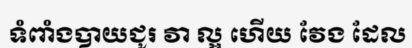
ទំពាំងបាយជូរ វា ល្អ ហើយ វែង ដែល